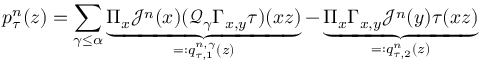
p _ { \tau } ^ { n } ( z ) = \sum _ { \gamma \leq \alpha } \underbrace { \Pi _ { x } \mathcal { J } ^ { n } ( x ) ( \mathcal { Q } _ { \gamma } \Gamma _ { x , y } \tau ) ( x z ) } _ { = : q _ { \tau , 1 } ^ { n , \gamma } ( z ) } - \underbrace { \Pi _ { x } \Gamma _ { x , y } \mathcal { J } ^ { n } ( y ) \tau ( x z ) } _ { = : q _ { \tau , 2 } ^ { n } ( z ) }